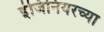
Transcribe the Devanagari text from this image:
इंजिनियरच्या